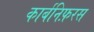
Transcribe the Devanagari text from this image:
कार्बनिफ़रस